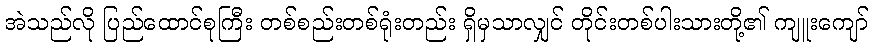
အဲသည်လို ပြည်ထောင်စုကြီး တစ်စည်းတစ်ရုံးတည်း ရှိမှသာလျှင် တိုင်းတစ်ပါးသားတို့၏ ကျူးကျော်